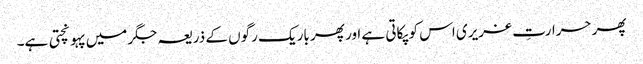
پھر حرارتِ غریری اس کو پکاتی ہے اور پھر باریک رگوں کے ذریعہ جگر میں پہونچتی ہے۔